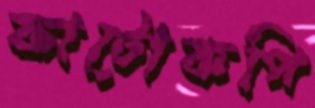
ফাটোকপি